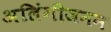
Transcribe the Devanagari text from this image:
अलिंगीजनन